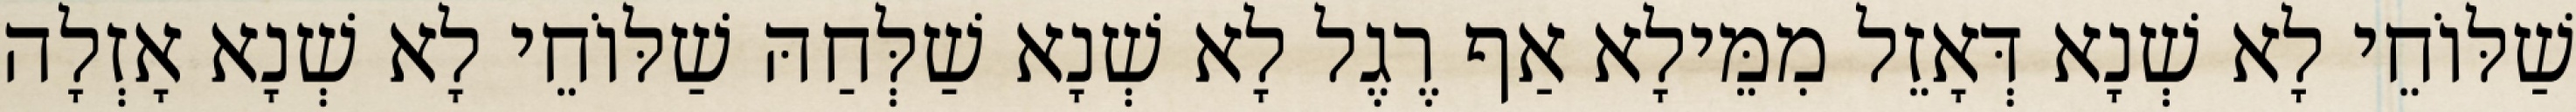
שַׁלּוֹחֵי לָא שְׁנָא דְּאָזֵל מִמֵּילָא אַף רֶגֶל לָא שְׁנָא שַׁלְּחַהּ שַׁלּוֹחֵי לָא שְׁנָא אָזְלָה